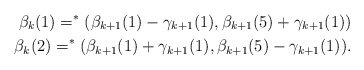
\begin{align*}\beta_k(1) = ^*(\beta_{k+1}(1)-\gamma_{k+1}(1),\beta_{k+1}(5)+\gamma_{k+1}(1)) \\\beta_k(2) = ^*(\beta_{k+1}(1)+\gamma_{k+1}(1),\beta_{k+1}(5)-\gamma_{k+1}(1)).\end{align*}